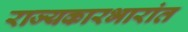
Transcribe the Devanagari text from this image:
राज्यकारभारांत